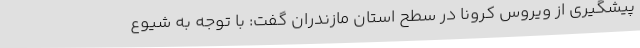
پیشگیری از ویروس کرونا در سطح استان مازندران گفت: با توجه به شیوع